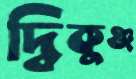
দ্বিকুঞ্জ